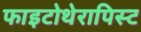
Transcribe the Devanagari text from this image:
फाइटोथेरापिस्ट